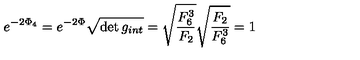
e ^ { - 2 \Phi _ { 4 } } = e ^ { - 2 \Phi } \sqrt { \det g _ { i n t } } = \sqrt { { \frac { F _ { 6 } ^ { 3 } } { F _ { 2 } } } } \sqrt { { \frac { F _ { 2 } } { F _ { 6 } ^ { 3 } } } } = 1